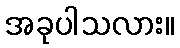
အခုပါသလား။